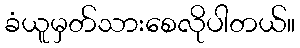
ခံယူမှတ်သားစေလိုပါတယ်။